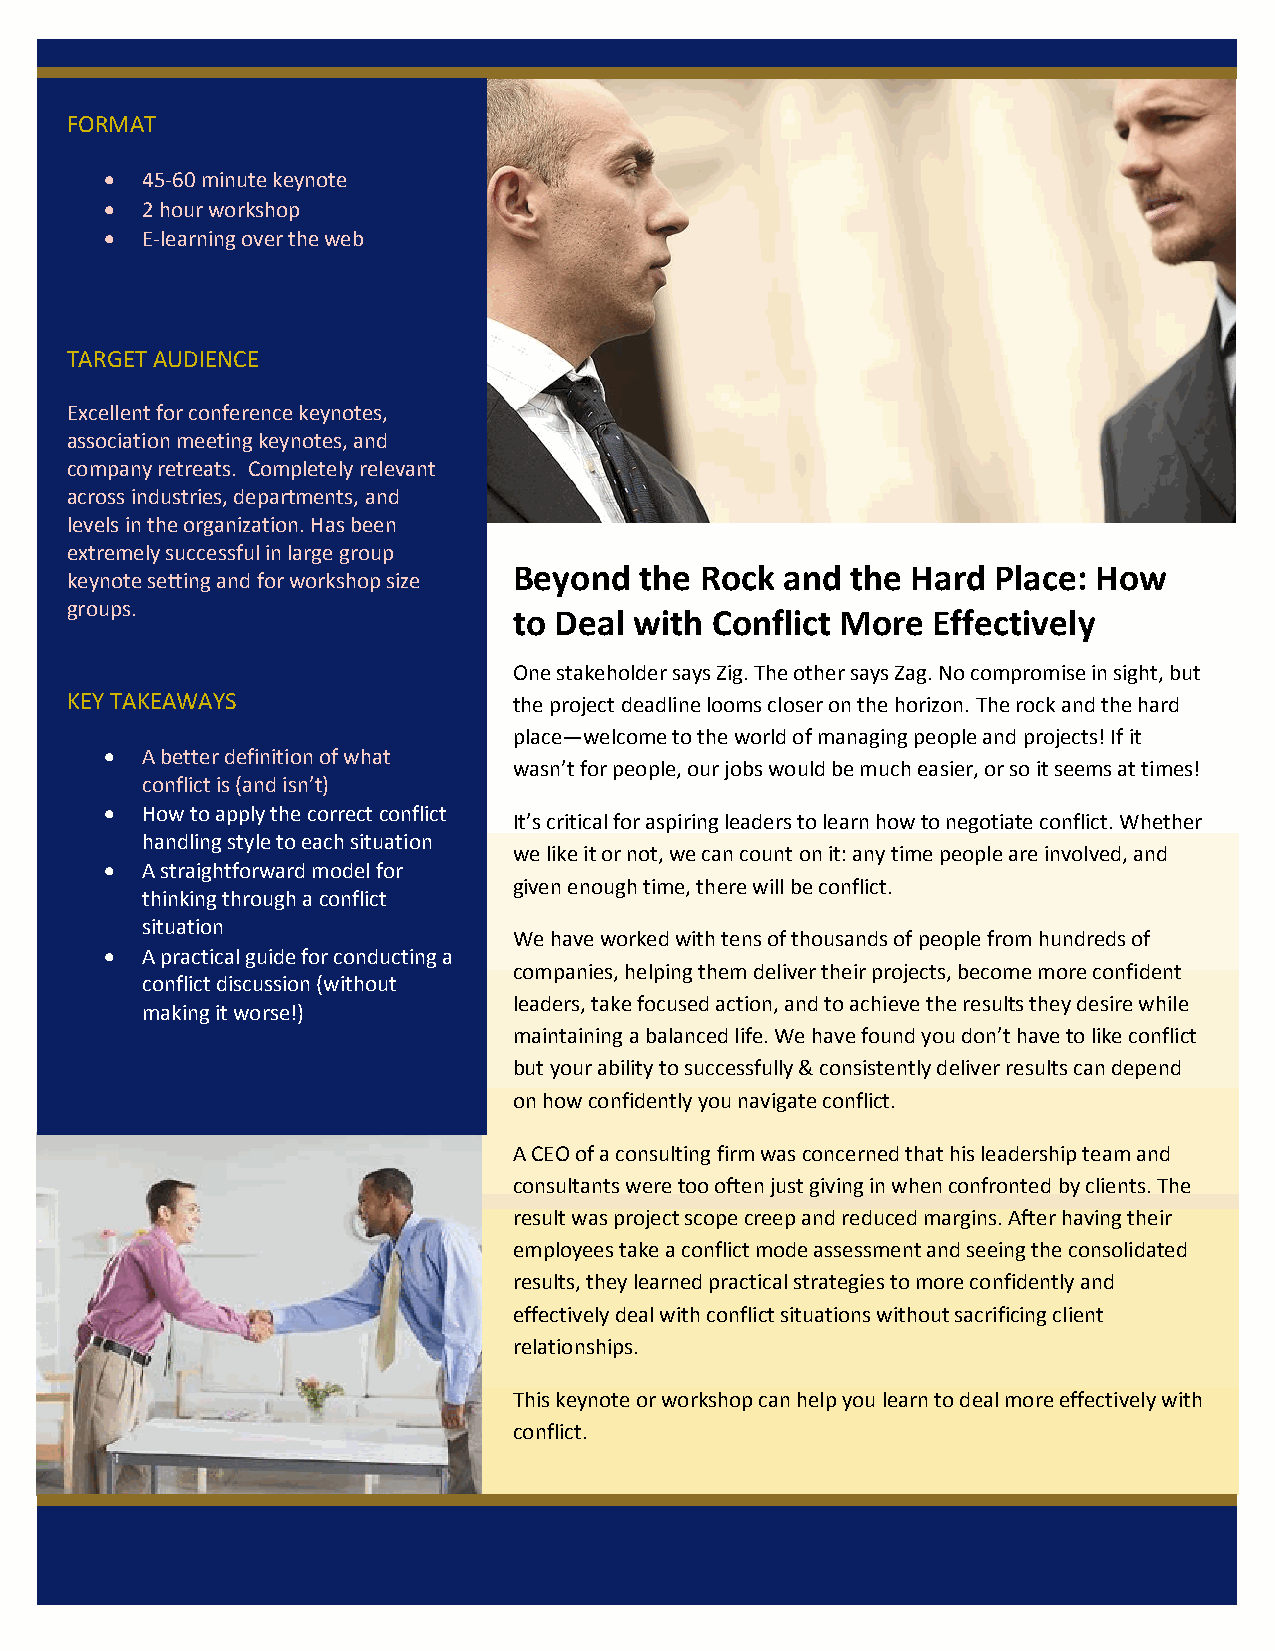
FORMAT
  45-60 minute keynote
  2 hour workshop
  E-learning over the web
 TARGET AUDIENCE
 Excellent for conference keynotes,
 association meeting keynotes, and
 company retreats. Completely relevant
 across industries, departments, and
 levels in the organization. Has been
 extremely successful in large group
 Beyond  the Rock  and the Hard  Place: How
 keynote setting and for workshop size
 groups.
 to Deal with Conflict More  Effectively
 One stakeholder says Zig. The other says Zag. No compromise in sight, but
 KEY TAKEAWAYS                 the project deadline looms closer on the horizon. The rock and the hard
 place—welcome to the world of managing people and projects! If it
  A better definition of what
 wasn’t for people, our jobs would be much easier, or so it seems at times!
 conflict is (and isn’t)
  How to apply the correct conflict
 It’s critical for aspiring leaders to learn how to negotiate conflict. Whether
 handling style to each situation
 we like it or not, we can count on it: any time people are involved, and
  A straightforward model for
 given enough time, there will be conflict.
 thinking through a conflict
 situation
 We have worked with tens of thousands of people from hundreds of
  A practical guide for conducting a
 companies, helping them deliver their projects, become more confident
 conflict discussion (without
 leaders, take focused action, and to achieve the results they desire while
 making it worse!)
 maintaining a balanced life. We have found you don’t have to like conflict
 but your ability to successfully & consistently deliver results can depend
 on how confidently you navigate conflict.
 A CEO of a consulting firm was concerned that his leadership team and
 consultants were too often just giving in when confronted by clients. The
 result was project scope creep and reduced margins. After having their
 employees take a conflict mode assessment and seeing the consolidated
 results, they learned practical strategies to more confidently and
 effectively deal with conflict situations without sacrificing client
 relationships.
 This keynote or workshop can help you learn to deal more effectively with
 conflict.